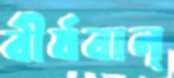
বীর্যবান্‌